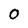
Character: 0